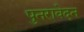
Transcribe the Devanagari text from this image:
पुनरावेदन